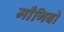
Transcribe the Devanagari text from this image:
माँगिबो